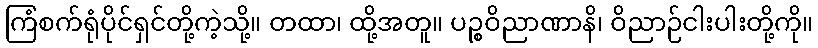
ကြံစက်ရုံပိုင်ရှင်တို့ကဲ့သို့။ တထာ၊ ထို့အတူ။ ပဉ္စဝိညာဏာနိ၊ ဝိညာဉ်ငါးပါးတို့ကို။